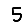
Digit: 5